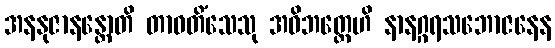
အနနုဇာနန္တောတိ တာဝတိံသေသု အဝိဘတ္တေဟိ နာနဂ္ဂရသဘောဇနေန